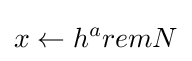
x\leftarrow h^{a}remN